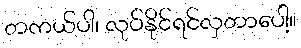
တကယ်ပါ၊ လုပ်နိုင်ရင်လှတာပေါ့။